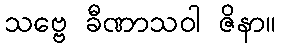
သဗ္ဗေ ခီဏာသဝါ ဇိနာ။